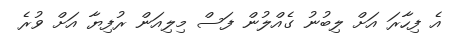
އެ ފިހާރަ އަށް ލިބުނު ގެއްލުން ފަސް މިލިއަން ރުފިޔާ އަށް ވުރެ